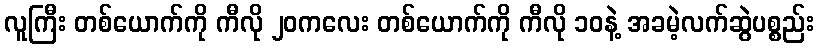
လူကြီး တစ်ယောက်ကို ကီလို ၂၀ကလေး တစ်ယောက်ကို ကီလို ၁၀နဲ့ အခမဲ့လက်ဆွဲပစ္စည်း